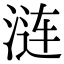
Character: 涟